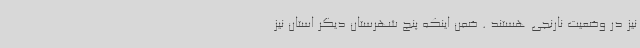
نیز در وضعیت نارنجی هستند . ضمن اینکه پنج شهرستان دیگر استان نیز